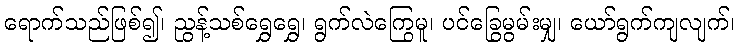
ရောက်သည်ဖြစ်၍၊ ညွန့်သစ်ရွှေရွှေ၊ ရွက်လဲကြွေမူ၊ ပင်ခြွေမွမ်းမျှ၊ ယော်ရွက်ကျလျက်၊